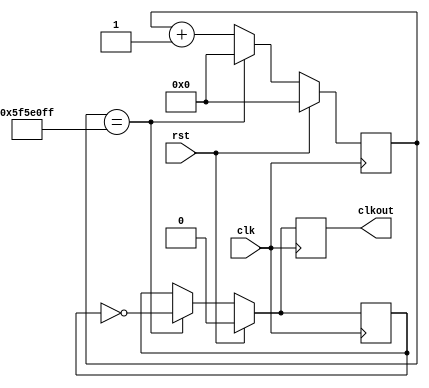
// HanLin Chen / Adam Awale percentage 50/50 
`timescale 1ns / 1ps
module clkDiv(rst,clk,clkout);


parameter Div1=100000000;

input clk,rst;
output reg clkout;
reg [26:0] counter;
reg clkint;
always@(posedge clk) begin 
if(rst==1) begin
counter<=0;
clkint<=0;
clkout<=0;
end
else begin

    if( counter== Div1-1) begin
            clkout <= ~clkint;
            clkint <= ~clkint;
            counter <= 0;
         end
         else begin
            clkout <= clkint;
            clkint <= clkint;
            counter <= counter + 1;
         end
    end
 
end  
endmodule